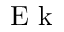
\textrm { E k }